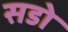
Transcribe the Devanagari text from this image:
सडो